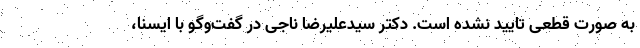
به صورت قطعی تایید نشده است. دکتر سیدعلیرضا ناجی در گفت‌وگو با ایسنا،